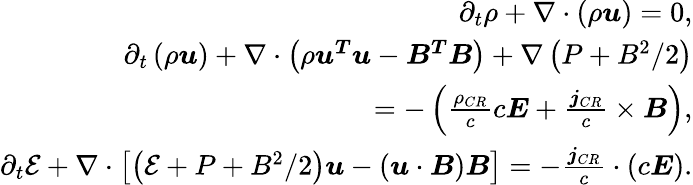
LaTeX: \begin{array}{r}{\partial_{t}\rho+\nabla\cdot\left(\rho\boldsymbol{u}\right)=0,}\\ {\partial_{t}\left(\rho\boldsymbol{u}\right)+\nabla\cdot\left(\rho\boldsymbol{u^{T}}\boldsymbol{u}-\boldsymbol{B^{T}}\boldsymbol{B}\right)+\nabla\left(P+B^{2}/2\right)}\\ {=-\left(\frac{\rho_{CR}}{c}c\boldsymbol{E}+\frac{\boldsymbol{j}_{CR}}{c}\times\boldsymbol{B}\right),}\\ {\partial_{t}\mathcal{E}+\nabla\cdot\left[\left(\mathcal{E}+P+B^{2}/2\right)\boldsymbol{u}-\left(\boldsymbol{u}\cdot\boldsymbol{B}\right)\boldsymbol{B}\right]=-\frac{\boldsymbol{j}_{CR}}{c}\cdot\left(c\boldsymbol{E}\right).}\end{array}